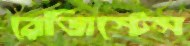
রেজিস্টেন্স